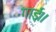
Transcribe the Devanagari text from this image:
गाई।।